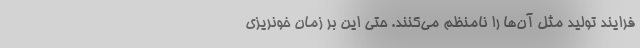
فرایند تولید مثل آن‌ها را نامنظم می‌کنند. حتی این بر زمان خونریزی